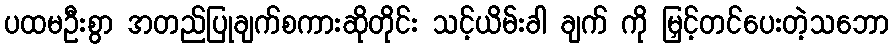
ပထမဦးစွာ အတည်ပြုချက်စကားဆိုတိုင်း သင့်ယိမ်းခါ ချက် ကို မြှင့်တင်ပေးတဲ့သဘော